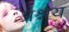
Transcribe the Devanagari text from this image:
प्रश्नय